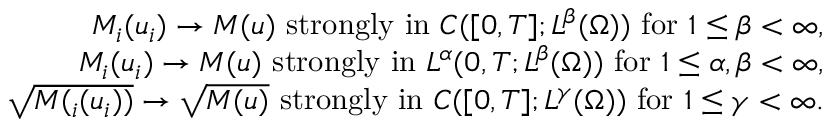
\begin{array} { r l r } & { } & { M _ { i } ( u _ { i } ) \rightarrow M ( u ) \mathrm { ~ s t r o n g l y ~ i n ~ } C ( [ 0 , T ] ; L ^ { \beta } ( \Omega ) ) \mathrm { ~ f o r ~ } 1 \leq \beta < \infty , } \\ & { } & { M _ { i } ( u _ { i } ) \rightarrow M ( u ) \mathrm { ~ s t r o n g l y ~ i n ~ } L ^ { \alpha } ( 0 , T ; L ^ { \beta } ( \Omega ) ) \mathrm { ~ f o r ~ } 1 \leq \alpha , \beta < \infty , } \\ & { } & { \sqrt { M ( _ { i } ( u _ { i } ) ) } \rightarrow \sqrt { M ( u ) } \mathrm { ~ s t r o n g l y ~ i n ~ } C ( [ 0 , T ] ; L ^ { \gamma } ( \Omega ) ) \mathrm { ~ f o r ~ } 1 \leq \gamma < \infty . } \end{array}